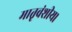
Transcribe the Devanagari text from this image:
मातृवंशीय।